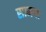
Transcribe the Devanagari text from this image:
सामगः